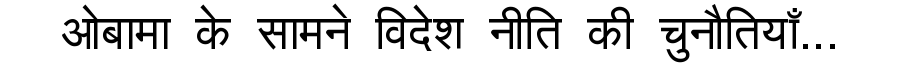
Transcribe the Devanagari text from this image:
ओबामा के सामने विदेश नीति की चुनौतियाँ...